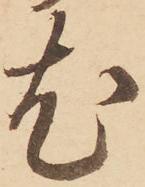
尤